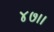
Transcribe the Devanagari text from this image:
४७।।